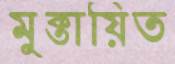
মুক্তায়িত